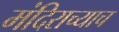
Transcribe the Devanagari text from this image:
मंदिराच्याच